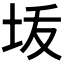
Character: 𰉠